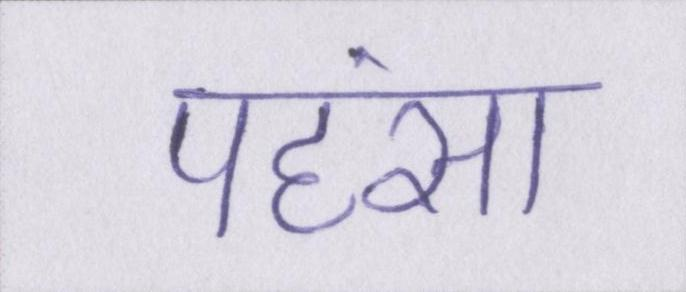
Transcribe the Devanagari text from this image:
पहंसा